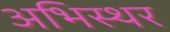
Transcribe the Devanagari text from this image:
अभिस्थर